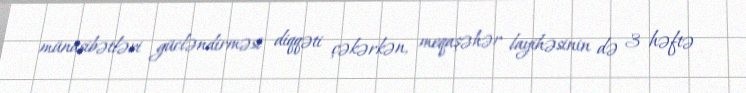
münasibətləri gücləndirməsi diqqəti çəkərkən, meqaşəhər layihəsinin də 3 həftə